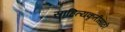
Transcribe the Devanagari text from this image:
साहित्यकृतींसाठी